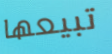
تبيعها